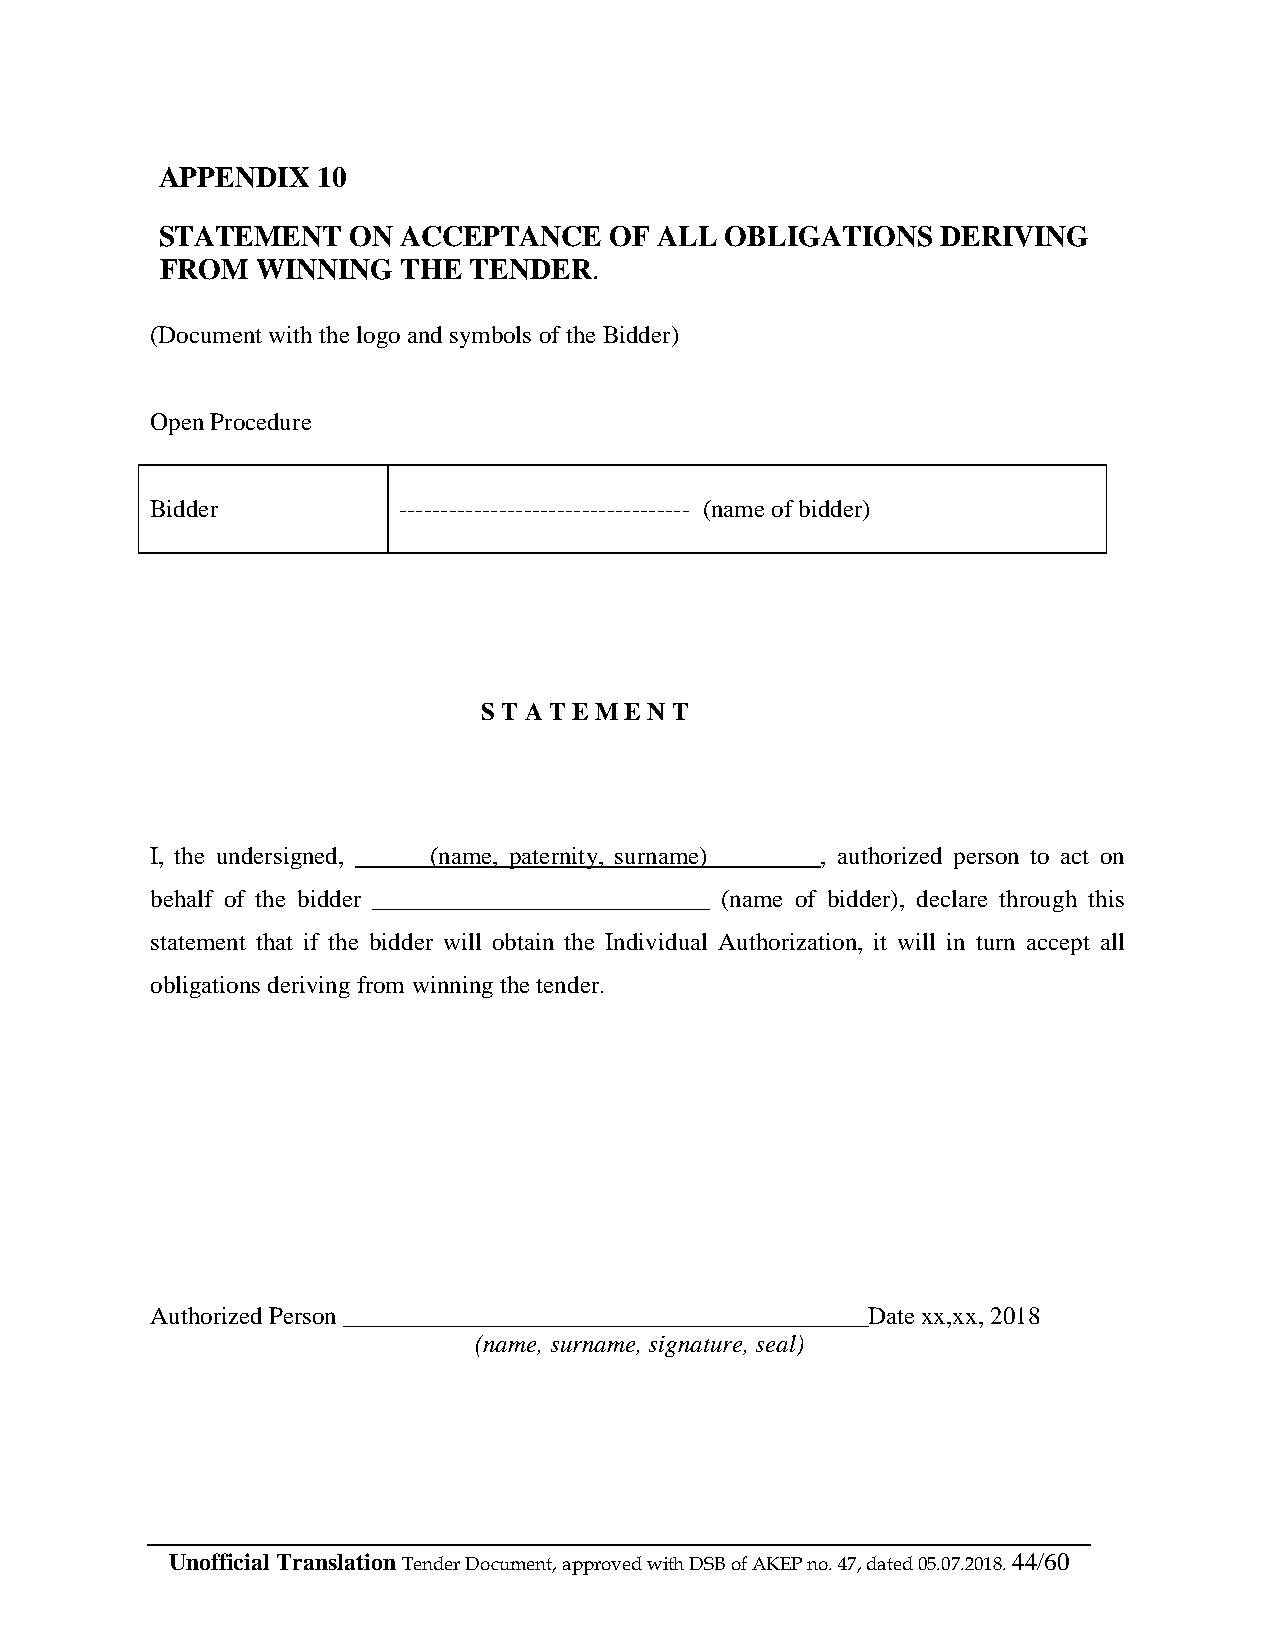
APPENDIX  10
 STATEMENT   ON  ACCEPTANCE   OF  ALL OBLIGATIONS   DERIVING
 FROM  WINNING   THE TENDER.
 (Document with the logo and symbols of the Bidder)
 Open Procedure
 Bidder          ----------------------------------- (name of bidder)
 S T A T E M E N T
 I, the undersigned, ______(name, paternity, surname)_________, authorized person to act on
 behalf of the bidder ___________________________ (name of bidder), declare through this
 statement that if the bidder will obtain the Individual Authorization, it will in turn accept all
 obligations deriving from winning the tender.
 Authorized Person __________________________________________Date xx,xx, 2018
 (name, surname, signature, seal)
 Unofficial Translation Tender Document, approved with DSB of AKEP no. 47, dated 05.07.2018. 44/60